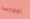
لممارسة